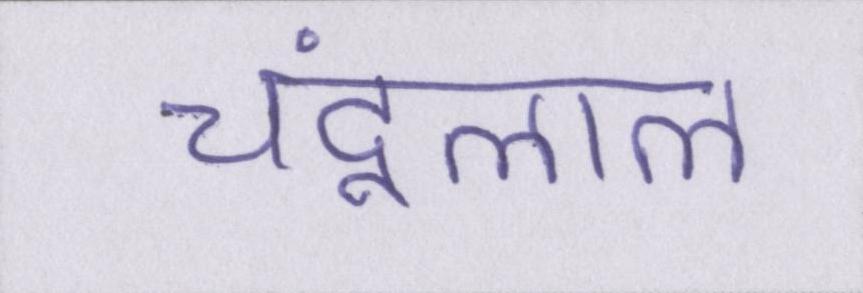
चंदूलाल